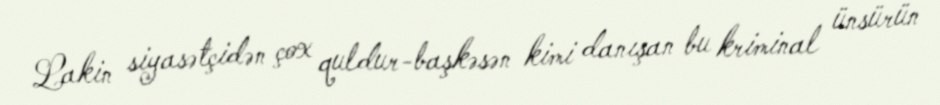
Lakin siyasətçidən çox quldur-başkəsən kimi danışan bu kriminal ünsürün